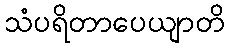
သံပရိတာပေယျာတိ